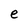
Character: e